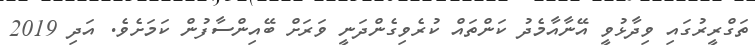
ތަގްރީރުގައި ވިދާޅުވީ އޭނާއާމެދު ކަންތައް ކުރެވިގެންދަނީ ވަރަށް ބޭއިންސާފުން ކަމަށެވެ. އަދި 2019